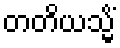
တတိယသ္မိံ